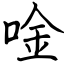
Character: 唫